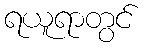
ရယူရာတွင်